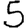
Digit: 5